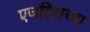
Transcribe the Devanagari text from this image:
एजहिलच्या